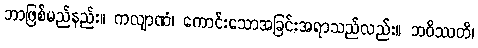
ဘာဖြစ်မည်နည်း။ ကလျာဏံ၊ ကောင်းသောအခြင်းအရာသည်လည်း။ ဘဝိဿတိ၊